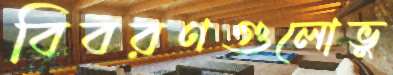
বিবরণগুলোভু